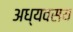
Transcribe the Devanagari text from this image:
अध्यवसय